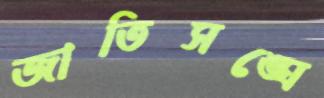
জাতিসঙ্ঘে